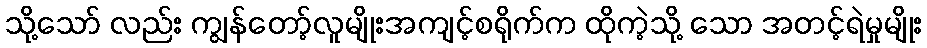
သို့သော် လည်း ကျွန်တော့်လူမျိုးအကျင့်စရိုက်က ထိုကဲ့သို့ သော အတင့်ရဲမှုမျိုး